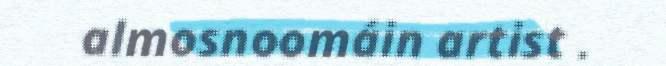
almosnoomáin artist .